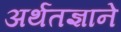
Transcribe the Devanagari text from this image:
अर्थतज्ञाने